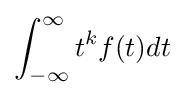
\int _{-\infty }^{\infty }t^{k}f(t)dt